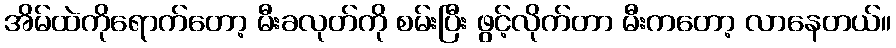
အိမ်ထဲကိုရောက်တော့ မီးခလုတ်ကို စမ်းပြီး ဖွင့်လိုက်တာ မီးကတော့ လာနေတယ်။